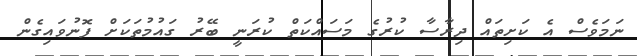
ނަމަވެސް އެ ކަށިތައް ދިރާސާ ކުރުގެ މަސައްކަތް ކުރަނީ ބޭރު ގައުމުތަކަށް ފޮނުވައިގެން